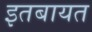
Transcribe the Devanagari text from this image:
इतबायत